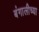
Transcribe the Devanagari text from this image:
बंगालीच्या